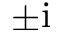
\pm \mathrm i